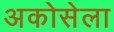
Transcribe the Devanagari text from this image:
अकोसेला